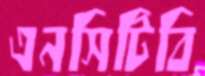
এনসিটিবি